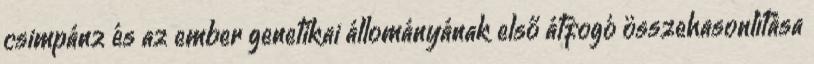
csimpánz és az ember genetikai állományának első átfogó összehasonlítása